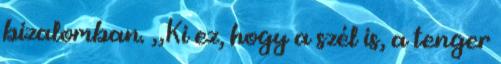
bizalomban. „Ki ez, hogy a szél is, a tenger